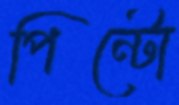
পিন্টো